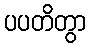
ပပတိတွာ